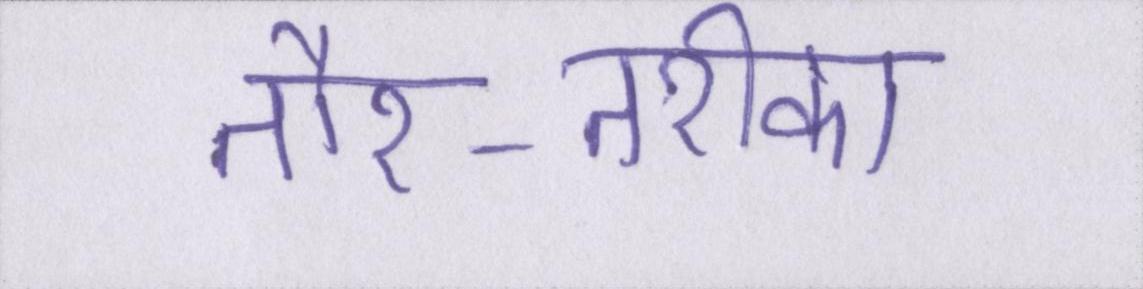
तौर-तरीका